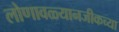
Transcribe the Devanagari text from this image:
लोणावळ्यानजीकच्या